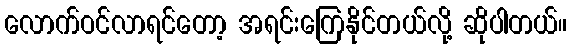
လောက်ဝင်လာရင်တော့ အရင်းကြေနိုင်တယ်လို့ ဆိုပါတယ်။